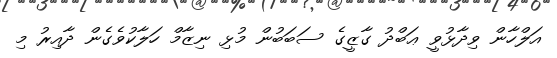
އަލްހާން ވިދާޅުވީ ޢަބްދު ގާޒީގެ ސަބަބުން މުޅި ނިޒާމް ހަލާކުވެގެން ދާއިރު މި